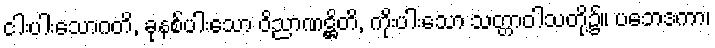
ငါးပါးသောဂတိ, ခုနစ်ပါးသော ဝိညာဏဋ္ဌိတိ, ကိုးပါးသော သတ္တာဝါသတို့၌။ ပဘေဒကာ၊